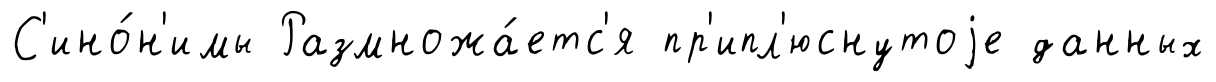
С'ино́н'имы Размножа́етс'я пр'ипл'юснутоjе данных